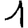
Digit: 1